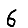
Digit: 6